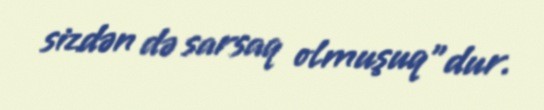
sizdən də sarsaq olmuşuq"dur.